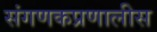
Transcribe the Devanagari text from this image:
संगणकप्रणालीस